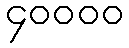
၄၀၀၀၀